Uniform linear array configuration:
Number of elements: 12
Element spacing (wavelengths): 1
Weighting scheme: binomial
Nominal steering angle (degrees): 30
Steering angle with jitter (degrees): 28.502
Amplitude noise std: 0.05
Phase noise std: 0.05

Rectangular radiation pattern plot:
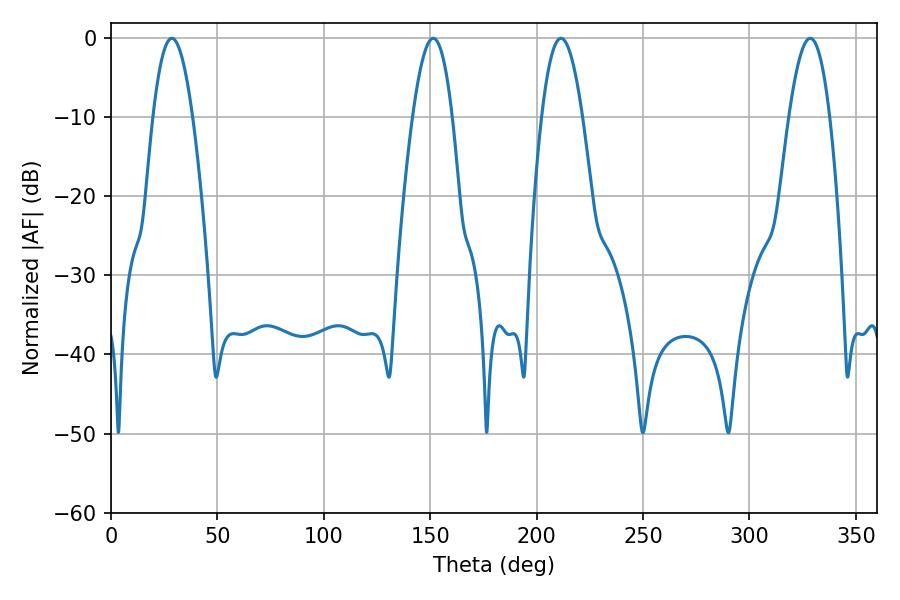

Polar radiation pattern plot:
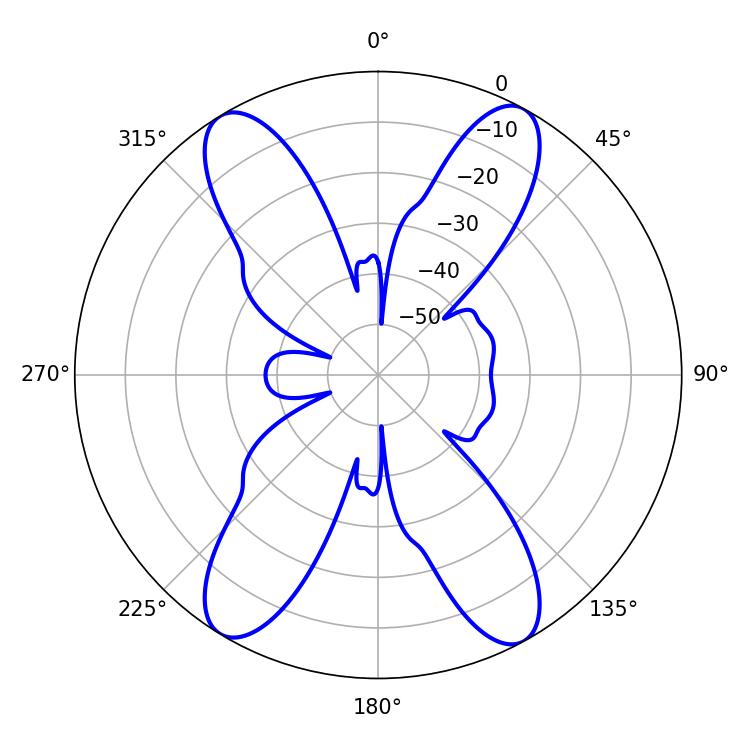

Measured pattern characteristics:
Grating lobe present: TRUE
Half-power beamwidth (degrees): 10.26
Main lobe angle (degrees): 28.62